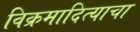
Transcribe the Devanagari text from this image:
विक्रमादित्याचा